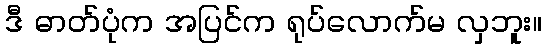
ဒီ ဓာတ်ပုံက အပြင်က ရုပ်လောက်မ လှဘူး။